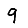
Digit: 9